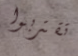
تقتربوا